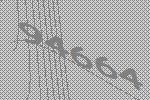
94664